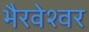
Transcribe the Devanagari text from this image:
भैरवेश्वर